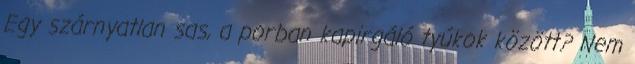
Egy szárnyatlan sas, a porban kapirgáló tyúkok között? Nem